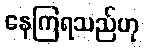
နေကြရသည်ဟု